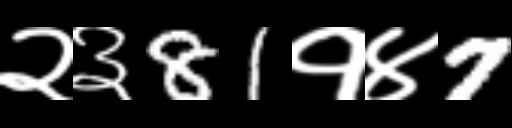
Text: २३81१४7